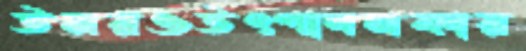
উমরওউৎপাদনকার